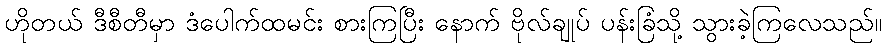
ဟိုတယ် ဒီစီတီမှာ ဒံပေါက်ထမင်း စားကြပြီး နောက် ဗိုလ်ချုပ် ပန်းခြံသို့ သွားခဲ့ကြလေသည်။